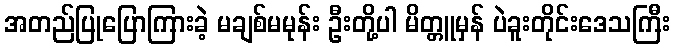
အတည်ပြုပြောကြားခဲ့ မချစ်မမုန်း ဦးတို့ပါ မိတ္တူမှန် ပဲခူးတိုင်းဒေသကြီး